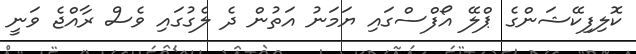
ކޮލިފިކޭޝަންގެ ޕްލޭ އޯފްސްގައި ޔަމަނު އަތުން ދެ ލެގުގައި ވެސް ރާއްޖެ ވަނީ